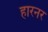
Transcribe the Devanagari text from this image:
हारनर